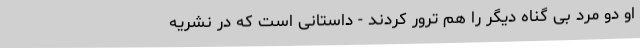
او دو مرد بی گناه دیگر را هم ترور کردند - داستانی است که در نشریه